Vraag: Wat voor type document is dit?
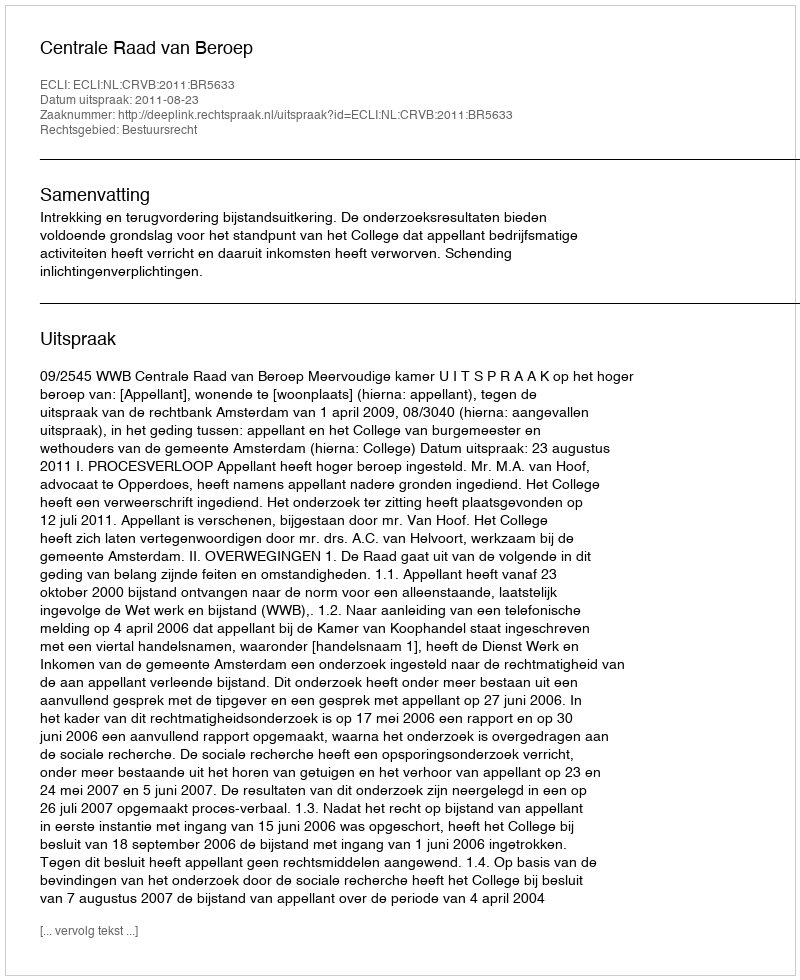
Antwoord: Uitspraak